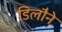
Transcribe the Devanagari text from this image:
डिलौने